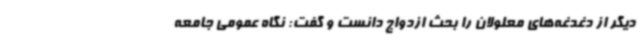
دیگر از دغدغه‌های معلولان را بحث ازدواج دانست و گفت: نگاه عمومی جامعه